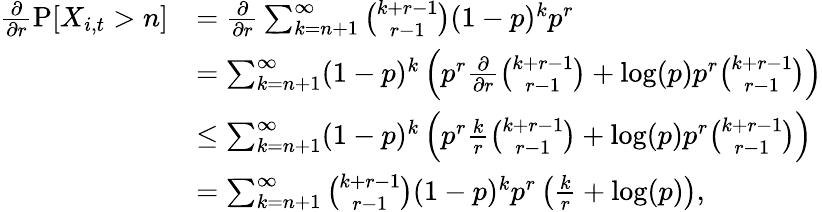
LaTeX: \begin{array}{rl}{\frac{\partial}{\partial r}\operatorname{P}[X_{i,t}>n]}&{=\frac{\partial}{\partial r}\sum_{k=n+1}^{\infty}\binom{k+r-1}{r-1}(1-p)^{k}p^{r}}\\ &{=\sum_{k=n+1}^{\infty}(1-p)^{k}\left(p^{r}\frac{\partial}{\partial r}\binom{k+r-1}{r-1}+\log(p)p^{r}\binom{k+r-1}{r-1}\right)}\\ &{\leq\sum_{k=n+1}^{\infty}(1-p)^{k}\left(p^{r}\frac{k}{r}\binom{k+r-1}{r-1}+\log(p)p^{r}\binom{k+r-1}{r-1}\right)}\\ &{=\sum_{k=n+1}^{\infty}\binom{k+r-1}{r-1}(1-p)^{k}p^{r}\left(\frac{k}{r}+\log(p)\right),}\end{array}